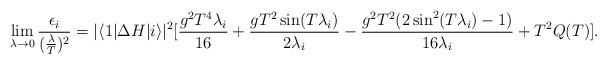
LaTeX: \begin{align*}\lim_{\lambda\rightarrow0}\frac{\epsilon_i}{(\frac{\lambda}{T})^2}=|\langle1|\Delta H|i\rangle|^2[\frac{g^2T^4\lambda_i}{16}+\frac{gT^2\sin(T\lambda_i)}{2\lambda_i}-\frac{g^2T^2(2\sin^2(T\lambda_i)-1)}{16\lambda_i}+T^2Q(T)].\end{align*}